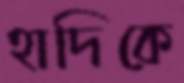
হাদিকে